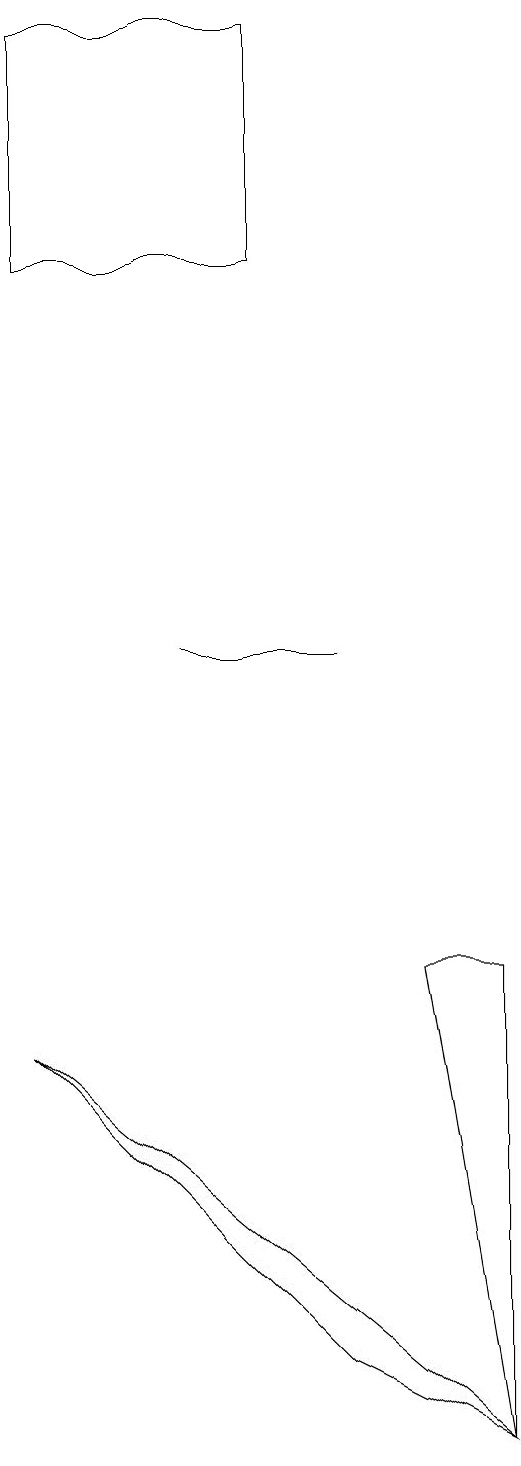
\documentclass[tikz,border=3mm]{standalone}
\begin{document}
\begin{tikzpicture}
\draw (8,1) -- (8,7) -- (7,7) -- cycle;
\draw (6,2) -- (2,6) -- (8,1) -- cycle;
\draw (5,16) rectangle (2,19);
\draw (4,11) rectangle (6,11);
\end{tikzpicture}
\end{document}